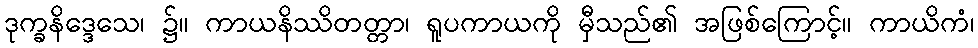
ဒုက္ခနိဒ္ဒေသေ၊ ၌။ ကာယနိဿိတတ္တာ၊ ရူပကာယကို မှီသည်၏ အဖြစ်ကြောင့်။ ကာယိကံ၊